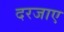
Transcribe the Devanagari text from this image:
दरजाए